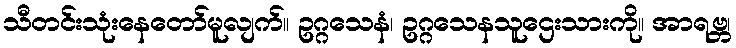
သီတင်းသုံးနေတော်မူလျက်။ ဥဂ္ဂသေနံ၊ ဥဂ္ဂသေနသူဌေးသားကို။ အာရဗ္ဘ၊